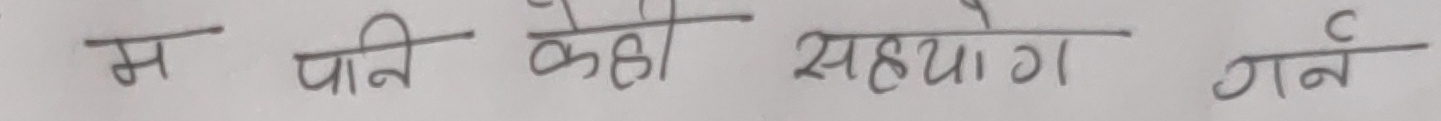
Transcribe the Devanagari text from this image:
म पनि केही सहयोग गर्ने